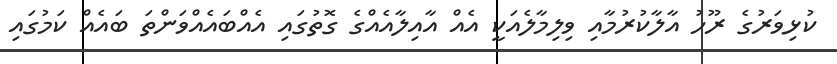
ކުޅިވަރުގެ ރޫހު އާލާކުރުމާއި ވިލިމާލެއަކީ އެއް އާއިލާއެއްގެ ގޮތުގައި އެއްބައެއްވަންތަ ބައެއް ކަމުގައި